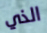
الذي